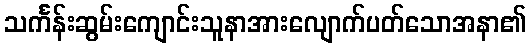
သင်္ကန်းဆွမ်းကျောင်းသူနာအားလျောက်ပတ်သောအနာ၏